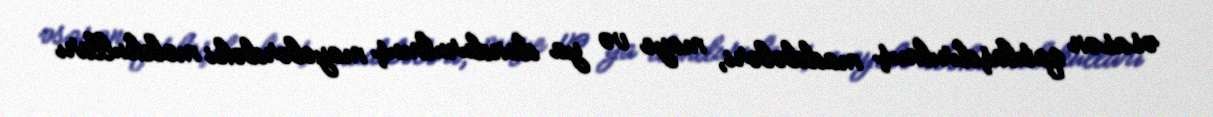
əsasən qatılaşdırılmış maddələri, maye və ya dondurulmuş mayelərdəki molekulları